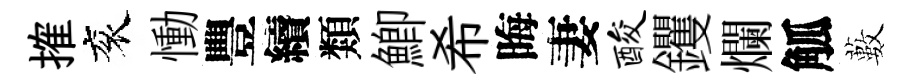
搉衮慟豐續類鯽希晦妻酸钁爛觚藪